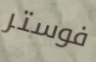
فوستر